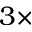
3 \times